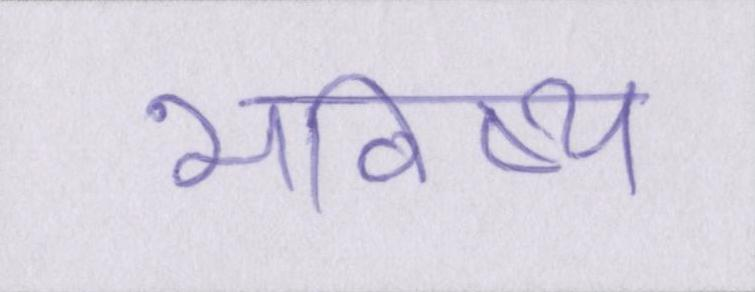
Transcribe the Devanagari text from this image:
भविष्य